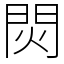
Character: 焛